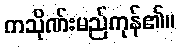
ကသိုဏ်းမည်ကုန်၏။